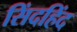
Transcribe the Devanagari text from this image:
सिंदहिंद